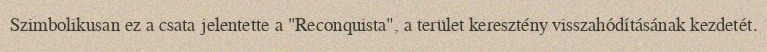
Szimbolikusan ez a csata jelentette a "Reconquista", a terület keresztény visszahódításának kezdetét.